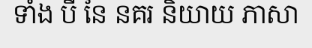
ទាំង បី នៃ នគរ និយាយ ភាសា